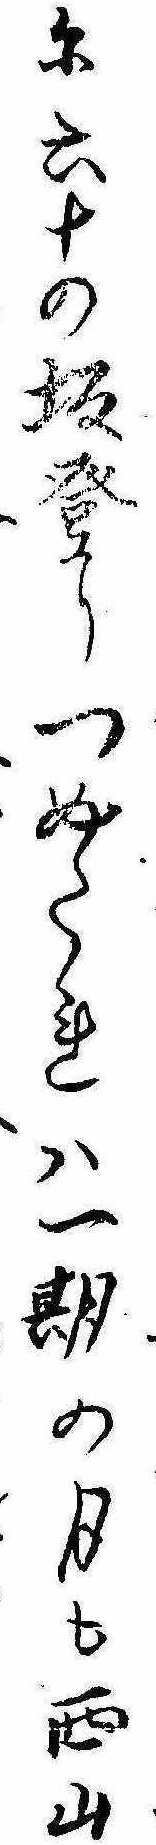
に六十の坂登りつめたれは一期の月も西山